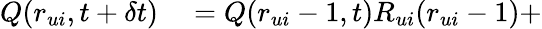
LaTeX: \begin{array}{rl}{Q(r_{ui},t+\delta t)}&{{}=Q(r_{ui}-1,t)R_{ui}(r_{ui}-1)+}\end{array}